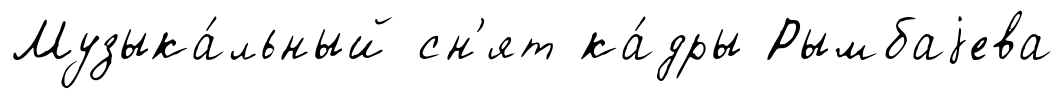
Музыка́льный сн'ят ка́дры Рымбаjева